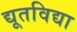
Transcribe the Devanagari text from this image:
द्यूतविद्या